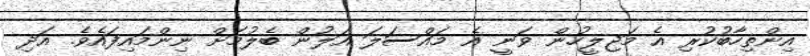
އިންތިހާބުކުރި އެ މަޖިލީހުން ވަނީ އެ މައްސަލަ އަލުން ބެލުމަށް ނިންމައިފައެވެ. އަދި